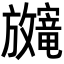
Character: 𫿨